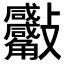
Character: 𣁀